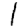
Digit: 1